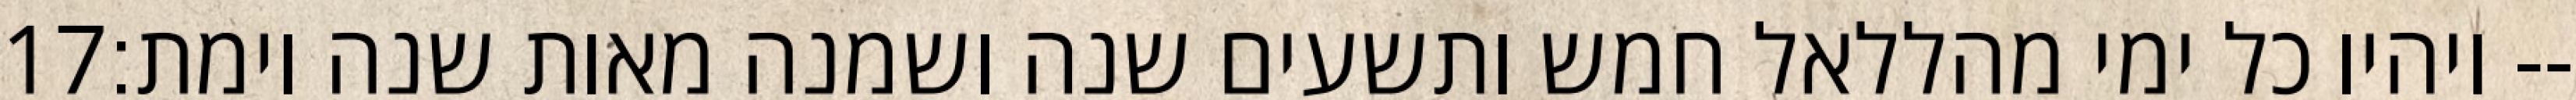
‎17‏ ויהיו כל ימי מהללאל חמש ותשעים שנה ושמנה מאות שנה וימת׃--